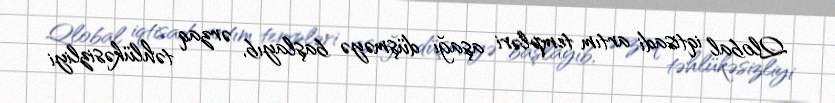
Qlobal iqtisadi artım templəri aşağı düşməyə başlayıb, ərzaq təhlükəsizliyi